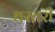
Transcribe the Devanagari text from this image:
धरतरी